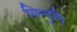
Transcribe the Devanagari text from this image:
विन्दुहै।